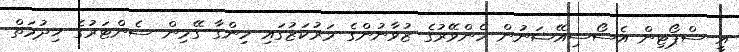
އީ ސްޕޯޓިން އެސޯސިއޭޝަނުން ހެންވޭރުގެ ޒުވާނުންގެ މަރުކަޒުގައި ހިންގާ ގޭމިން ސެންޓަރުގެ ޚިދުމަތް